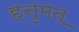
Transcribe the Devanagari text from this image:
हनुमत॒